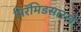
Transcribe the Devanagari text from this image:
पिरॅमिडसारखे